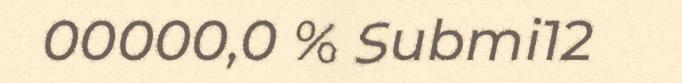
00000,0 % Submi12